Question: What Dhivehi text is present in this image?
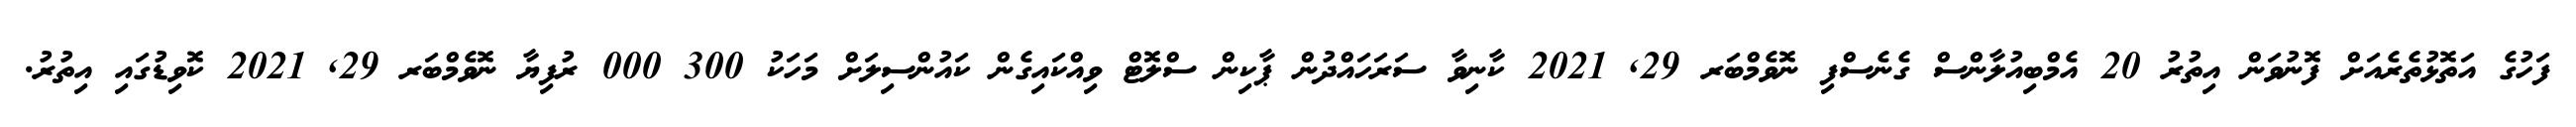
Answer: ފަހުގެ އަތޮޅުތެރެއަށް ފޮނުވަން އިތުރު 20 އެމްބިއުލާންސް ގެނެސްފި ނޮވެމްބަރ 29, 2021 ކާނިވާ ސަރަހައްދުން ޕާކިން ސްލޮޓް ވިއްކައިގެން ކައުންސިލަށް މަހަކު 300 000 ރުފިޔާ ނޮވެމްބަރ 29, 2021 ކޮވިޑުގައި އިތުރު.